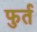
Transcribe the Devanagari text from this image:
फुर्त